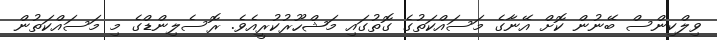
ވިލްކިންސް ބޭނުން ކޮށް އޭނާގެ މަސައްކަތުގެ ގޮތުގައި މަޝްހޫރުކުރީއެވެ. ރޮސެލިންޑްގެ މި މަސައްކަތުން